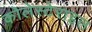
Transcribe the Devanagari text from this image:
कोलेस्टेराइल